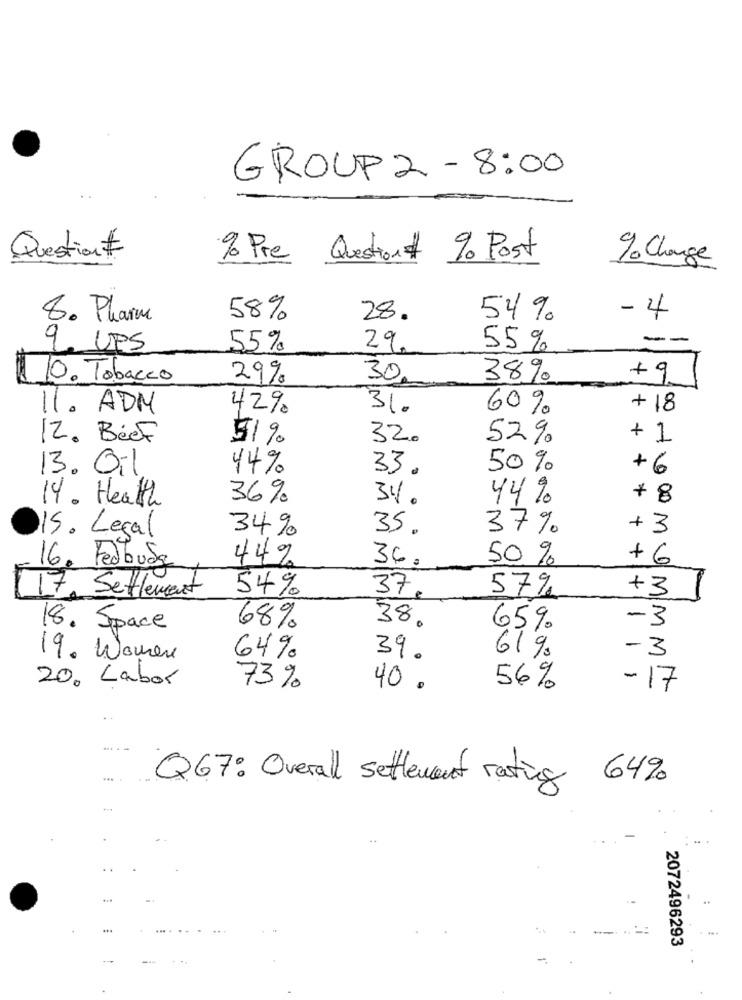
GROUP2 - 8:00
Question #
% Pre Question# % Post
% Charge
8. Pharm
58%
28.
54%
-4
--
9. UPS
55%
29
55%
10. Tobacco
29%
30,
38%
+9
11. ADM
429
31.
60%
+18
12. Beef
51%
32.
52%
+ 1
13. Oil
44%
33.
50%
+6
14. Health
36%
3%.
44%
+ 8
34%
35.
37%
+3
15. Legal
44%
36 .
50 %
+6
16. Fedbudg
54%
57%
+3
17 Settlement
37
38.
MIMIM
-3
18. Space
68%
65%
39.
61%
-3
19. Women
64%
20. Labor
73%
40 .
56%
- 17
64%
Q67: Overall settlement rating
2072496293